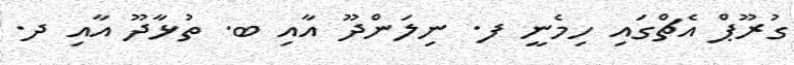
ގުރޫޕް އެޗްގައި ހިމެނީ ފ. ނިލަންދޫ އާއި ބ. ތުޅާދޫ އާއި ދ.